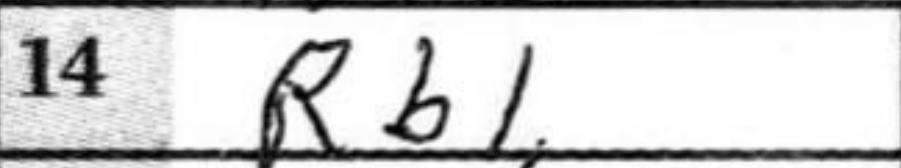
Transcription: Rb1